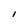
Character: I